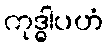
ကုဒ္ဓါပဟံ